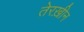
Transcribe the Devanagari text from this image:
तेरख़ीन